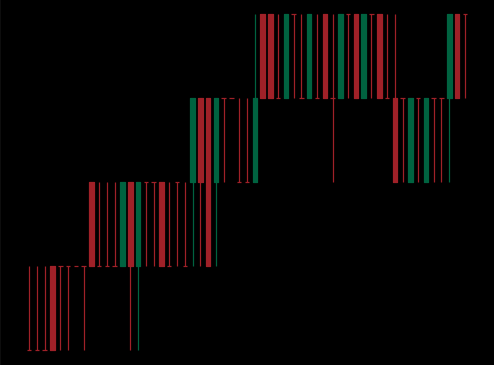
Pattern: bear_flag